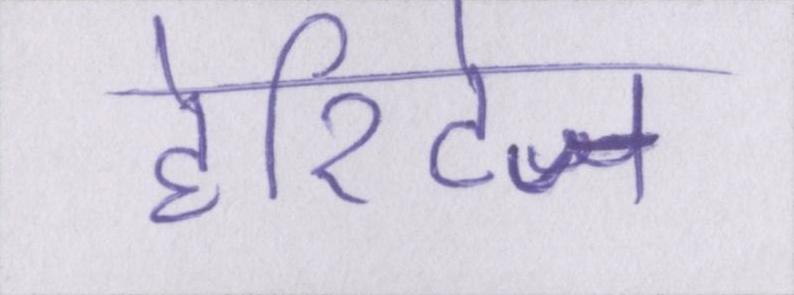
हेरिटेज